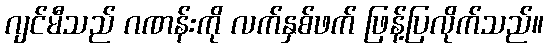
ဂျင်မီသည် ဂဏန်းကို လက်နှစ်ဖက် ဖြန့်ပြလိုက်သည်။